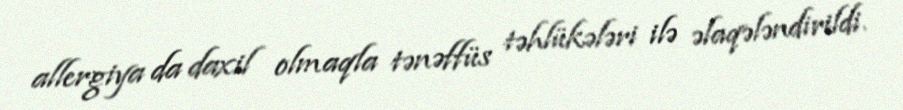
allergiya da daxil olmaqla tənəffüs təhlükələri ilə əlaqələndirildi.